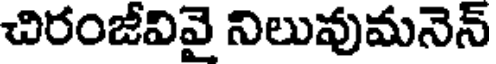
చిరంజీవివై నిలువుమనెన్